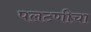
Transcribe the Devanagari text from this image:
पलटणीचा